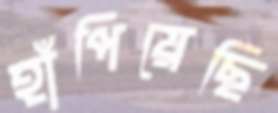
হাঁপিয়েছি